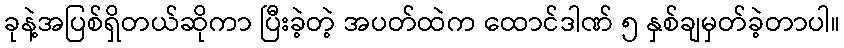
ခုနဲ့အပြစ်ရှိတယ်ဆိုကာ ပြီးခဲ့တဲ့ အပတ်ထဲက ထောင်ဒါဏ် ၅ နှစ်ချမှတ်ခဲ့တာပါ။